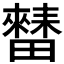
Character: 𱱁